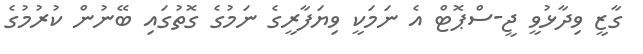
ގާޒީ ވިދާޅުވީ ޖީ-ސްޕޮޓް އެ ނަމަކީ ވިޔަފާރީގެ ނަމުގެ ގޮތުގައި ބޭނުން ކުރުމުގެ